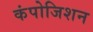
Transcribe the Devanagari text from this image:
कंपोजिशन